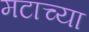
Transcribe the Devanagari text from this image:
मटाच्या